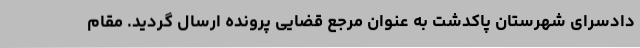
دادسرای شهرستان پاکدشت به عنوان مرجع قضایی پرونده ارسال گردید. مقام